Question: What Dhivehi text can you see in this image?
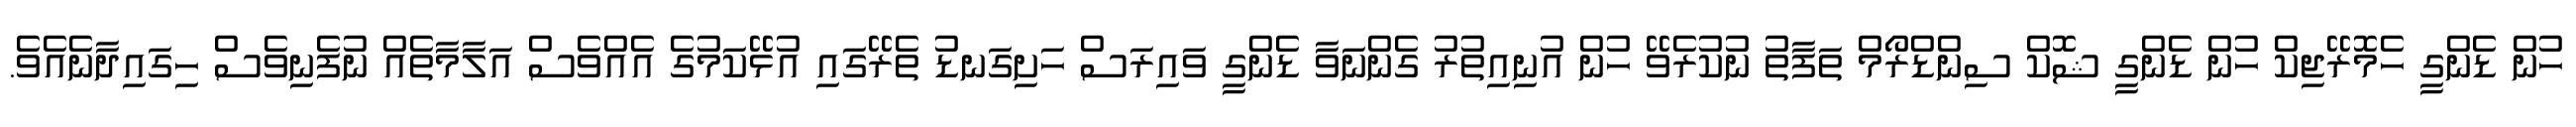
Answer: ހުން ޑެންގީ ހެމޮރޭޖިކް ހުން ޑެންގީ ޝޮކް ސިންޑްރޯމް ތަފާތު ނުކުރެވޭ ހުން އުނިއިތުރު ގެންނަވާ ޑެންގީ ވައިރަސް ހަށިގަނޑު ތެރޭގައި އުޅޭކަމުގެ އެއްވެސް އަލާމާތެއް ނުފެނިވެސް ހިގައިދާނެއެވެ.